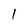
Character: 1